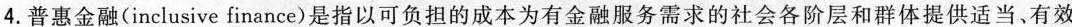
4.普惠金融(inclusive finance)是指以可负担的成本为有金融服务需求的社会各阶层和群体提供适当、有效